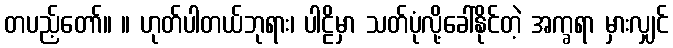
တပည့်တော်။ ။ ဟုတ်ပါတယ်ဘုရား၊ ပါဠိမှာ သတ်ပုံလို့ခေါ်နိုင်တဲ့ အက္ခရာ မှားလျှင်